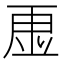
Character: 𮓠